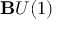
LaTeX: \mathbf { B } U ( 1 )